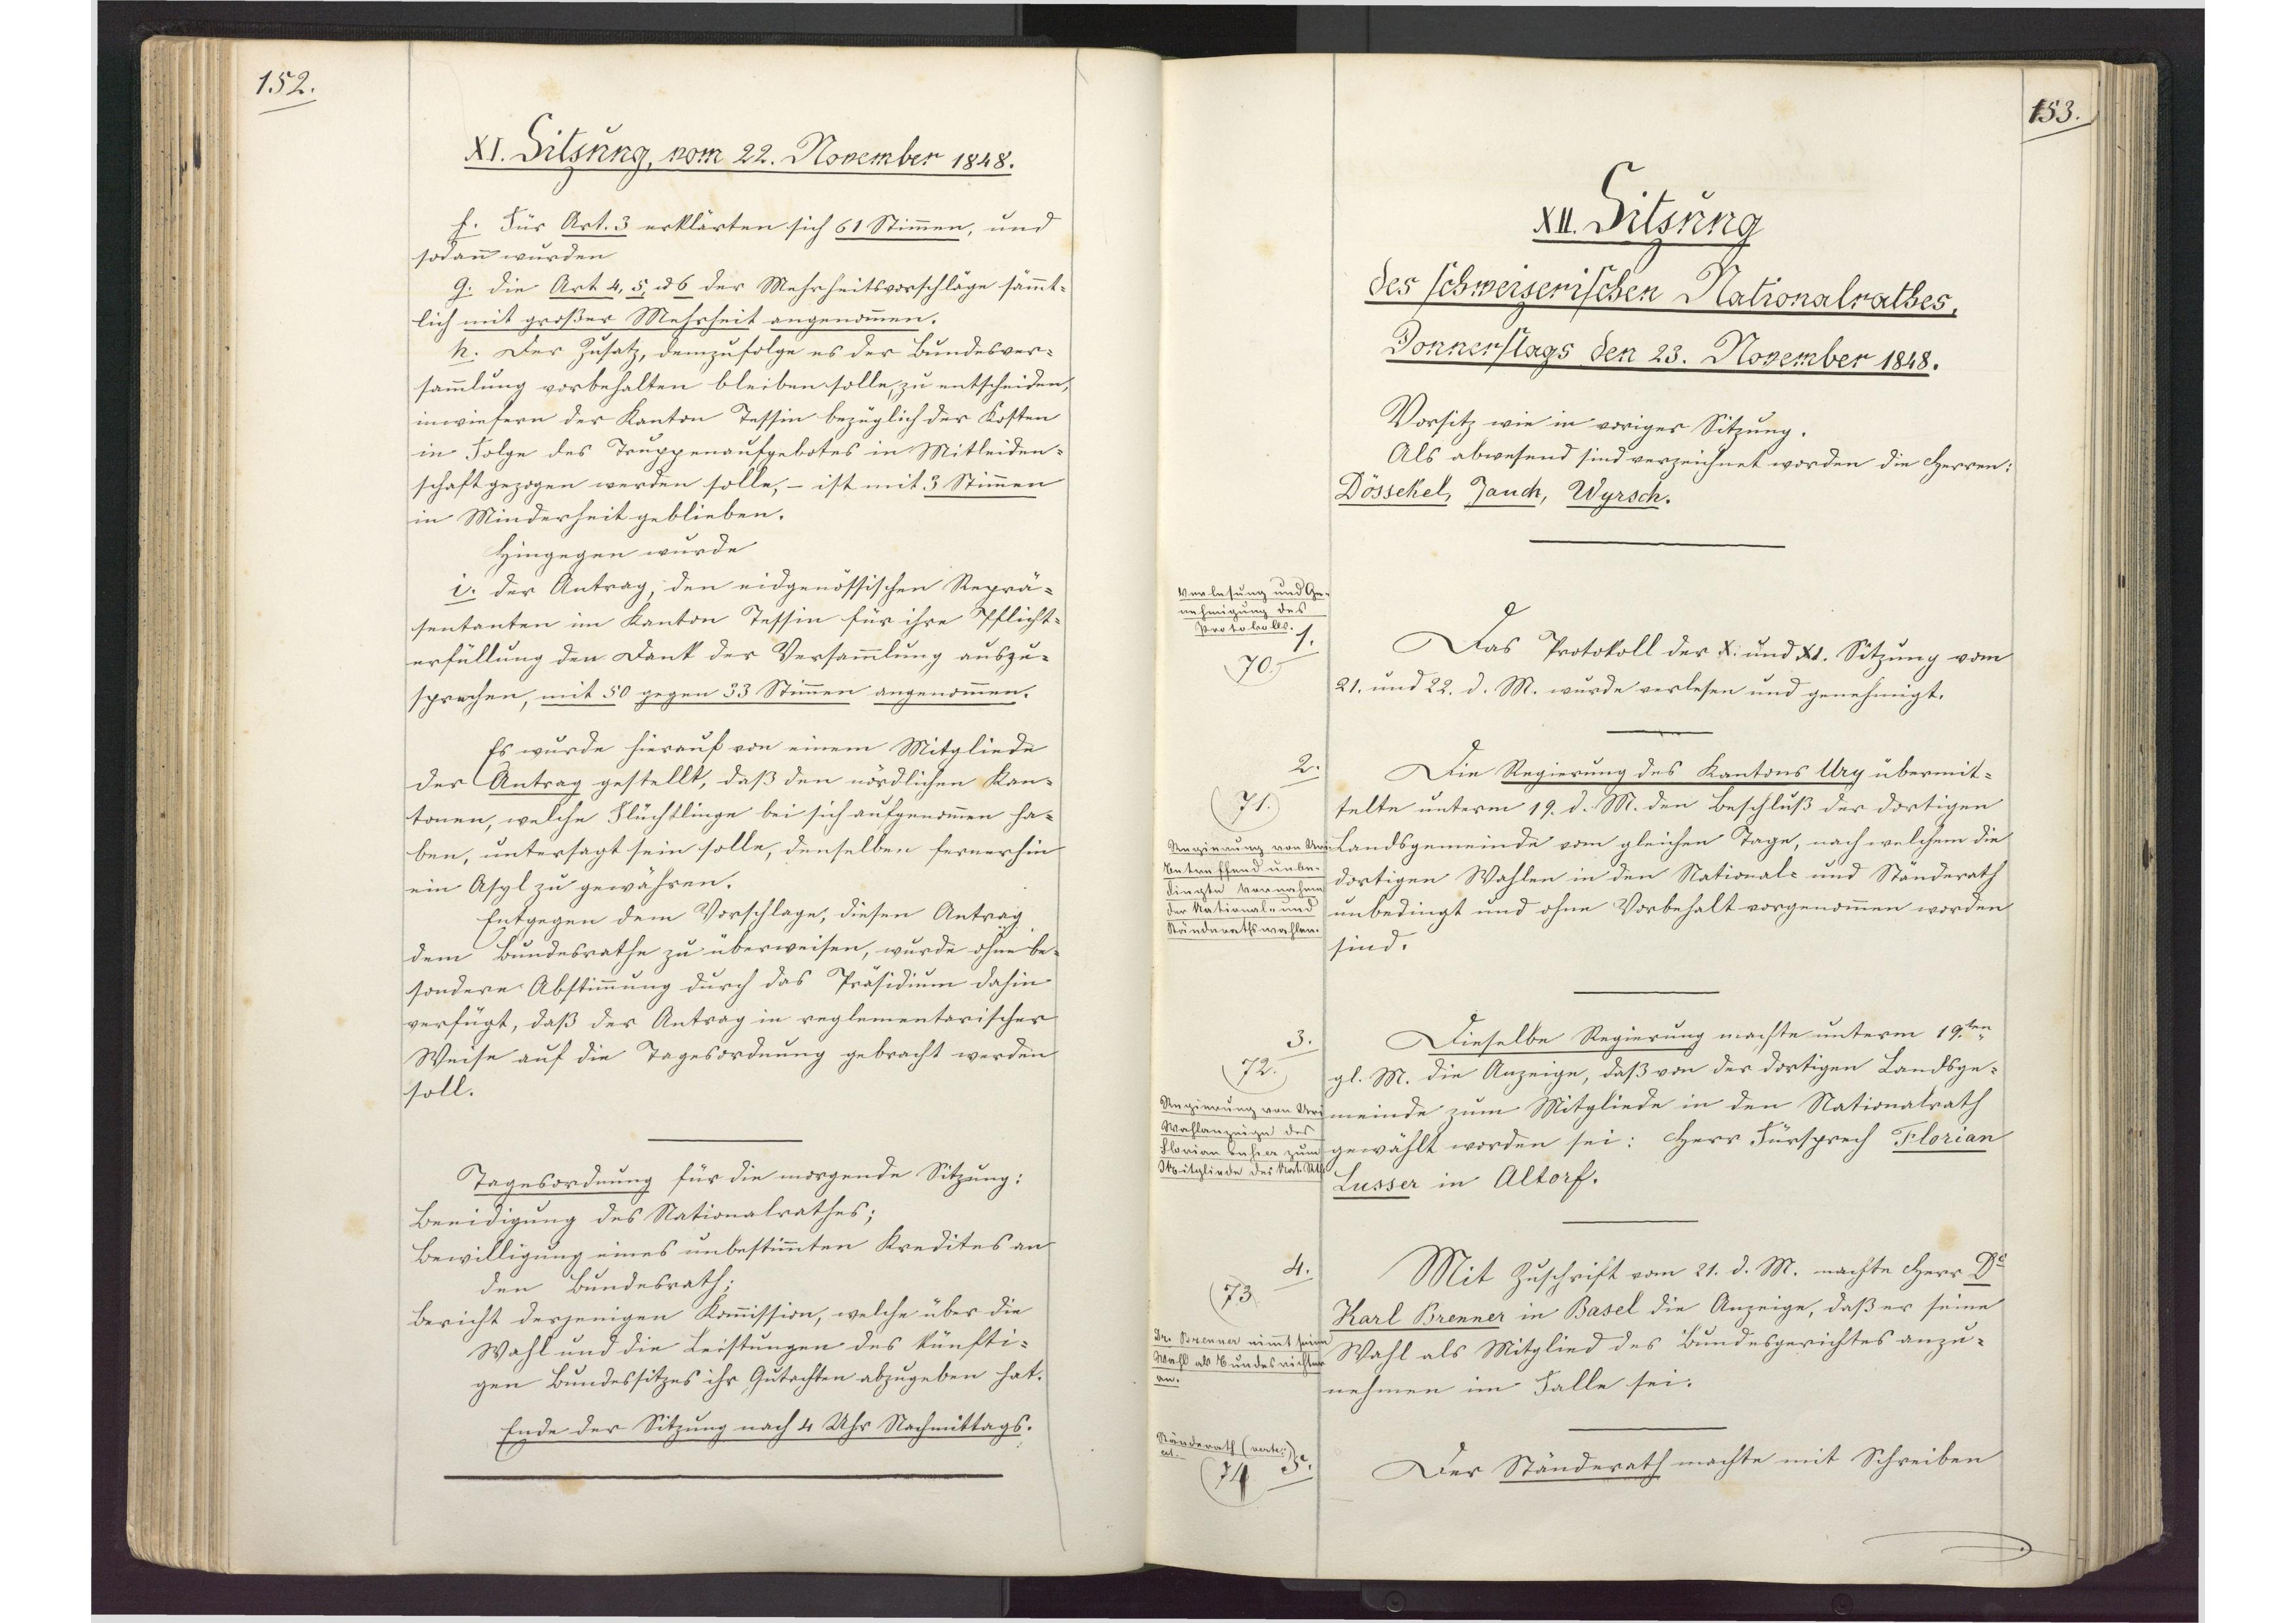
153.

XII. Sitzung
des schweizerischen Nationalrathes,
Donnerstags den 23. November 1848.

Vorsitz wie in voriger Sitzung.
Als abwesend sind verzeichnet worden die Herren:
Dössekel, Jauch, Wyrsch.
Das Protokoll der X. und XI. Sitzung vom
21. und 22. d. M. wurde verlesen und genehmigt.
Die Regierung des Kantons Ury übermit¬
telte unterm 19. d. M. den Beschluß der dortigen
Landsgemeinde vom gleichen Tage, nach welchem die
dortigen Wahlen in den National- und Ständerath
unbedingt und ohne Vorbehalt vorgenommen worden
sind.
Dieselbe Regierung machte unterm 19.ten
gl. M. die Anzeige, daß von der dortigen Landsge¬
meinde zum Mitgliede in den Nationalrath
gewählt worden sei: Herr Fürsprech Florian
Lusser in Altorf.
Mit Zuschrift vom 21. d. M. machte Herr Dr.
Karl Brenner in Basel die Anzeige, daß er seine
Wahl als Mitglied des Bundesgerichtes anzu¬
nehmen im Falle sei.
Der Ständerath machte mit Schreiben

Verlesung und Ge¬
nehmigung des
Protokolls.
1.
70

2.
71.
Regierung von Uri
betreffend unbe¬
dingte Vornahme
der National- und
Ständerathswahlen.

3.
72
Regierung von Uri
Wahlanzeige des
Florian Lusser zum
Mitgliede des Nat.Rths.

4.
73
Dr. Brenner nimmt seine
Wahl als Bundesrichter
an.

Ständerath (verte)
etc.
5.
74